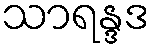
သာရန္ဒဒ